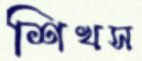
শিখস